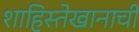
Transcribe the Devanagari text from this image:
शाहिस्तेखानाचीं